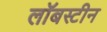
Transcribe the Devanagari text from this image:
लॉबस्टीन